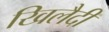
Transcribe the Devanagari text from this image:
खिलैदी